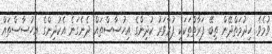
ވުމެވެ. ޚިދުމަތްދޭން ތިބޭ ފަރާތްތަކަކީ ފުރާވަރު ކުދިންގެ އިހުސާސްތައް ދެނެގަނެ އެކުދިންގެ އިހުސާސްތައް